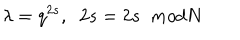
\lambda = q ^ { 2 s } , \; \; 2 s = 2 s \; \; m o d N